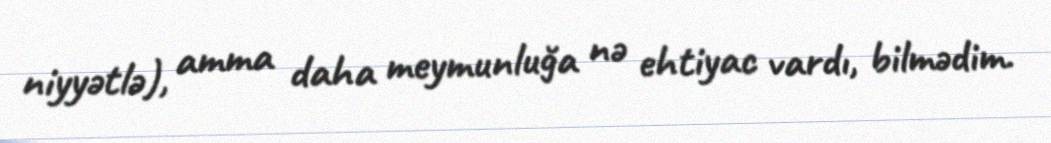
niyyətlə), amma daha meymunluğa nə ehtiyac vardı, bilmədim.